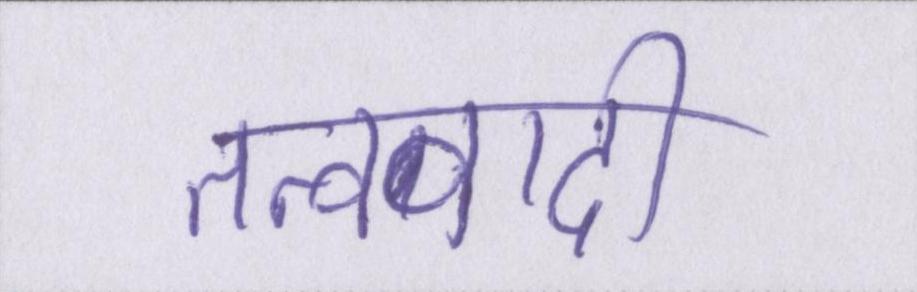
तत्ववादी